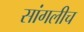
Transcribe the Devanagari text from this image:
सांगलीच